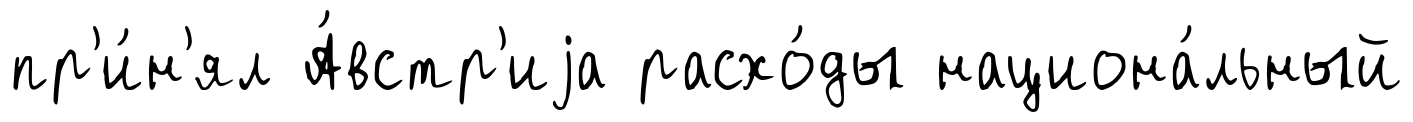
пр'и́н'ял А́встр'иjа расхо́ды национа́льный